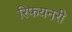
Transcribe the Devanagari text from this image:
रिफयनरी